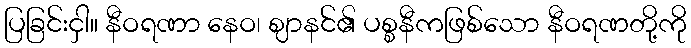
ပြခြင်းငှါ။ နီဝရဏာ နေဝ၊ ဈာနင်၏ ပစ္စနီကဖြစ်သော နီဝရဏတို့ကို